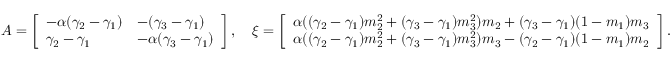
A = \left[ \begin{array} { l l } { - \alpha ( \gamma _ { 2 } - \gamma _ { 1 } ) } & { - ( \gamma _ { 3 } - \gamma _ { 1 } ) } \\ { \gamma _ { 2 } - \gamma _ { 1 } } & { - \alpha ( \gamma _ { 3 } - \gamma _ { 1 } ) } \end{array} \right] , \quad \xi = \left[ \begin{array} { l } { \alpha ( ( \gamma _ { 2 } - \gamma _ { 1 } ) m _ { 2 } ^ { 2 } + ( \gamma _ { 3 } - \gamma _ { 1 } ) m _ { 3 } ^ { 2 } ) m _ { 2 } + ( \gamma _ { 3 } - \gamma _ { 1 } ) ( 1 - m _ { 1 } ) m _ { 3 } } \\ { \alpha ( ( \gamma _ { 2 } - \gamma _ { 1 } ) m _ { 2 } ^ { 2 } + ( \gamma _ { 3 } - \gamma _ { 1 } ) m _ { 3 } ^ { 2 } ) m _ { 3 } - ( \gamma _ { 2 } - \gamma _ { 1 } ) ( 1 - m _ { 1 } ) m _ { 2 } } \end{array} \right] .